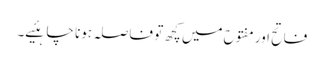
فاتح اور مفتوح میں کچھ تو فاصلہ ہونا چاہئیے۔